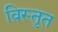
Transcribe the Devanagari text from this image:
विस्‍तृत